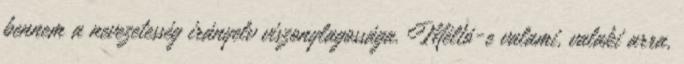
bennem a nevezetesség irányelv viszonylagossága. Méltó-e valami, valaki arra,